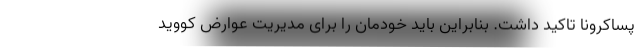
پساکرونا تاکید داشت. بنابراین باید خودمان را برای مدیریت عوارض کووید